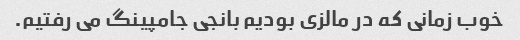
خوب زمانی که در مالزی بودیم بانجی جامپینگ می رفتیم.